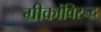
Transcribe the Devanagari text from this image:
ग्रीकांविरुद्ध